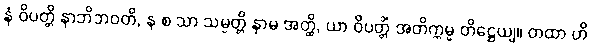
နံ ဝိပတ္တိ နာဘိဘဝတိ, န စ သာ သမ္ပတ္တိ နာမ အတ္ထိ, ယာ ဝိပတ္တိံ အတိက္ကမ္မ တိဋ္ဌေယျ။ တထာ ဟိ